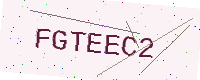
Text: FGTEEC2